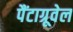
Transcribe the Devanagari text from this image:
पैंटाग्रूवेल